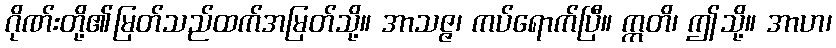
ဂိုဏ်းတို့၏မြတ်သည်ထက်အမြတ်သို့။ အာသဇ္ဇ၊ ကပ်ရောက်ပြီ။ ဣတိ၊ ဤသို့။ အာဟ၊